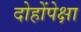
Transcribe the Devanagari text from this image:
दोहोंपेक्षा